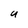
Character: U